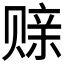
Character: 𫎪